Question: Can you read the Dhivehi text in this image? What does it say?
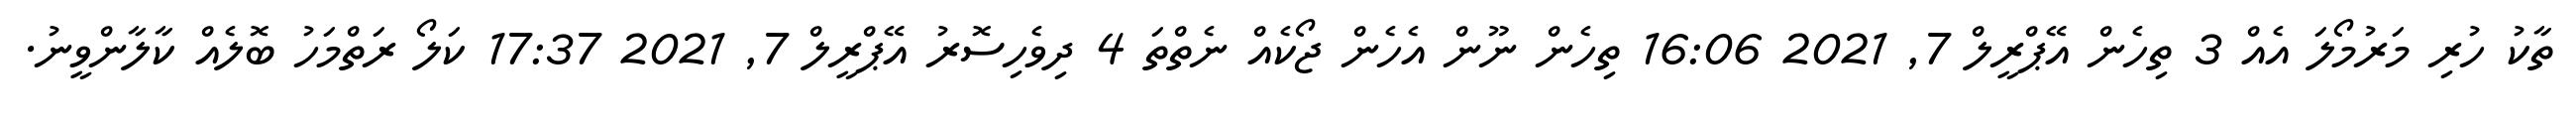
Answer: ތާކު ހުރި މަރުމޯލަ އެއް 3 ތިހެން އޭޕްރީލް 7, 2021 16:06 ތިހެން ނޫން އެހެން ޖޯކެއް ނެތްތަ 4 ދިވެހިސޮރު އޭޕްރީލް 7, 2021 17:37 ކަލޯ ރަތްމަހު ބޮލެއް ކާލާންވީނު.